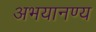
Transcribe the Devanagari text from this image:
अभयानण्‍य